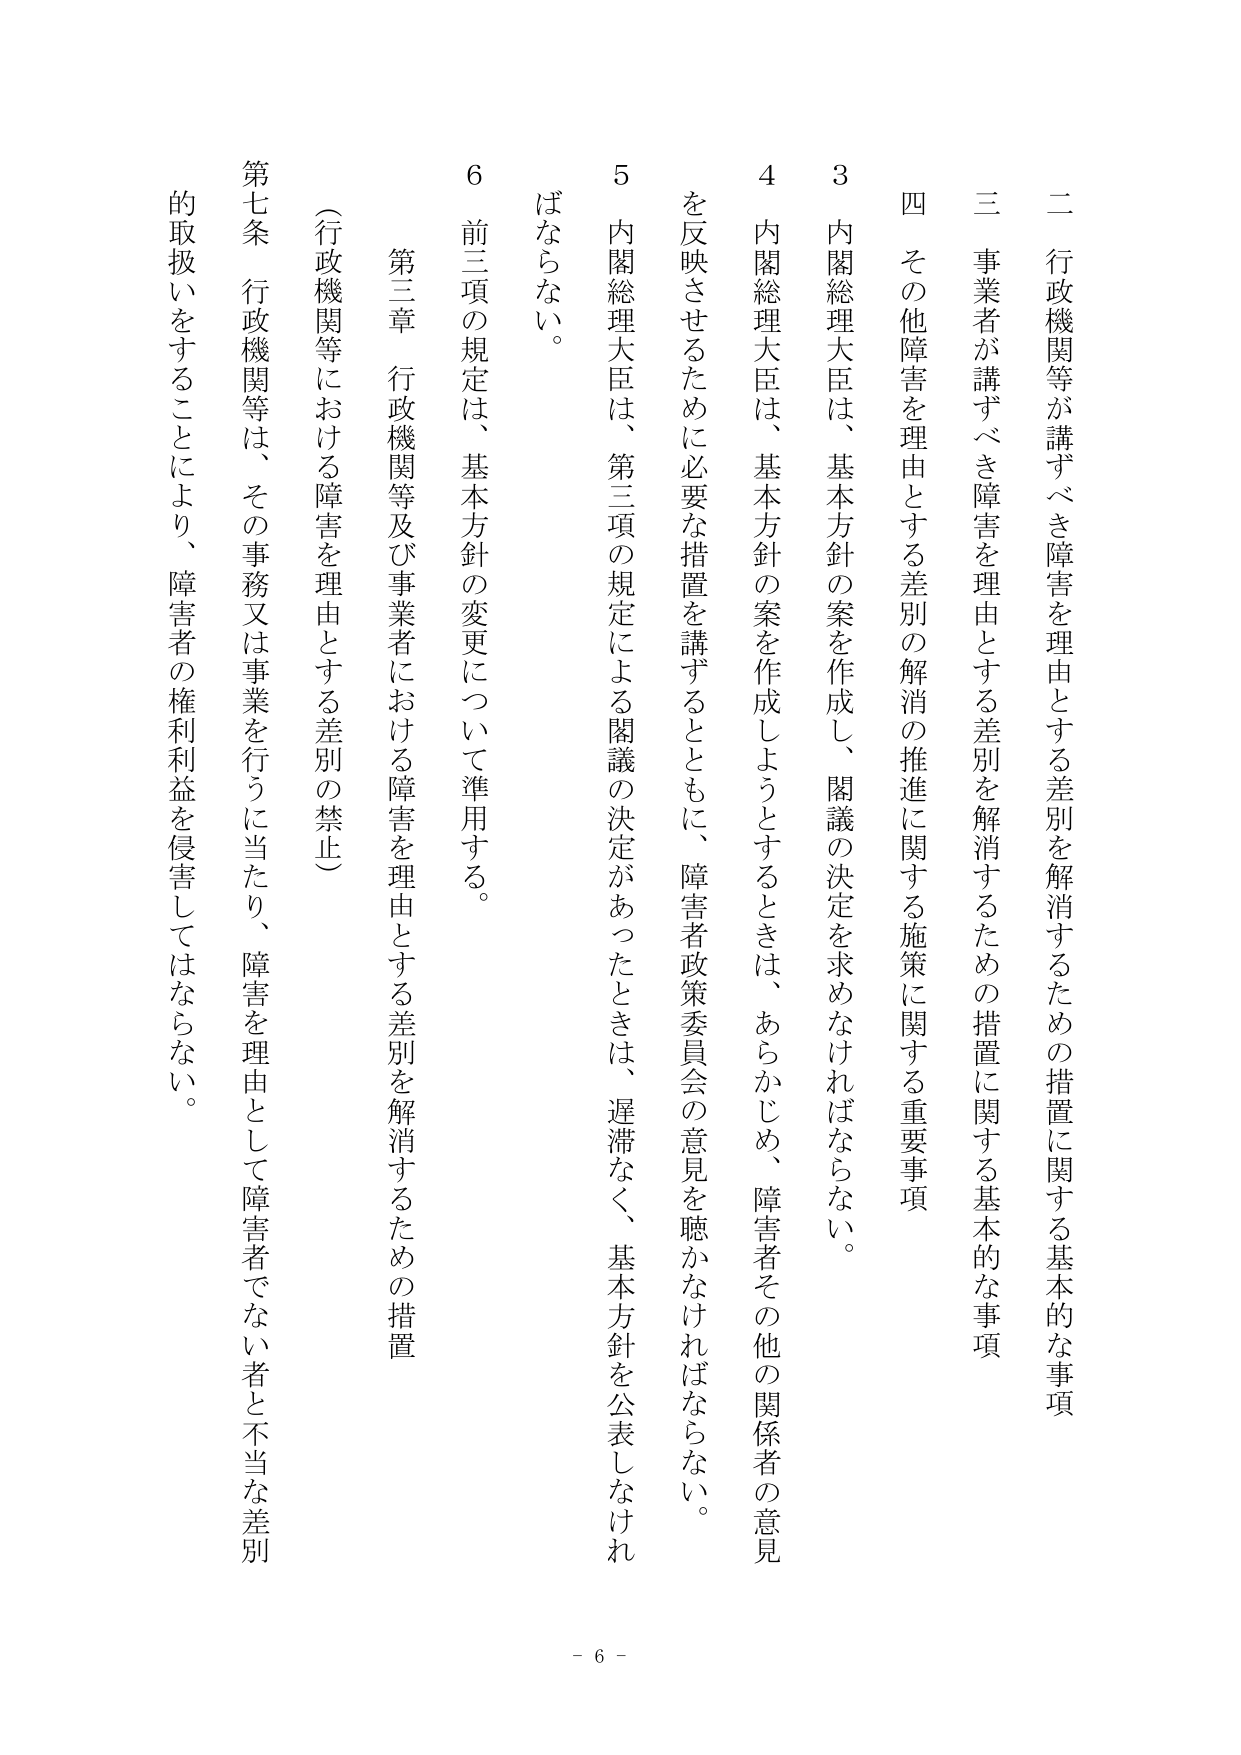
二 行政機関等が講ずべき障害を理由とする差別を解消するための措置に関する基本的な事項

三 事業者が講ずべき障害を理由とする差別を解消するための措置に関する基本的な事項

四 その他障害を理由とする差別の解消の推進に関する施策に関する重要事項

3 内閣総理大臣は、基本方針の案を作成し、閣議の決定を求めなければならない。

4 内閣総理大臣は、基本方針の案を作成しようとするときは、あらかじめ、障害者その他の関係者の意見を反映させるために必要な措置を講ずるとともに、障害者政策委員会の意見を聴かなければならない。

5 内閣総理大臣は、第三項の規定による閣議の決定があったときは、遅滞なく、基本方針を公表しなければならない。

6 前三項の規定は、基本方針の変更について準用する。

第三章 行政機関等及び事業者における障害を理由とする差別を解消するための措置
（行政機関等における障害を理由とする差別の禁止）

第七条 行政機関等は、その事務又は事業を行うに当たり、障害を理由として障害者でない者と不当な差別的取扱いをすることにより、障害者の権利利益を侵害してはならない。

- 6 -